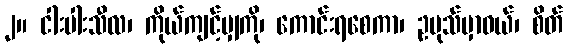
၂။ ငါးပါးသီလ၊ ကိုယ်ကျင့်မျှကို၊ ကောင်းရစေကာ၊ ဥပုသ်မှာဝယ်၊ စိတ်